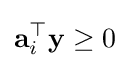
\mathbf {a} _{i}^{\top }\mathbf {y} \geq 0